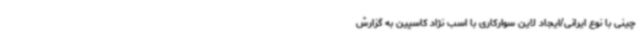
چینی با نوع ایرانی/ایجاد لاین سوارکاری با اسب نژاد کاسپین به گزارش